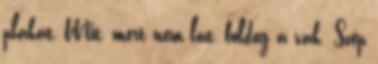
plakát, Mit, mert nem lát, boldog a vak. Szép